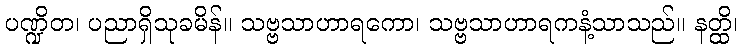
ပဏ္ဍိတ၊ ပညာရှိသုခမိန်။ သဗ္ဗသာဟာရကော၊ သဗ္ဗသာဟာရကနံ့သာသည်။ နတ္ထိ၊